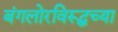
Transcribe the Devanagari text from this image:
बंगलोरविरूद्धच्या